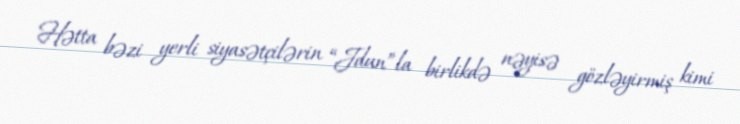
Hətta bəzi yerli siyasətçilərin “Jdun”la birlikdə nəyisə gözləyirmiş kimi